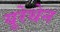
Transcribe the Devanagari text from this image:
यूरेथेन